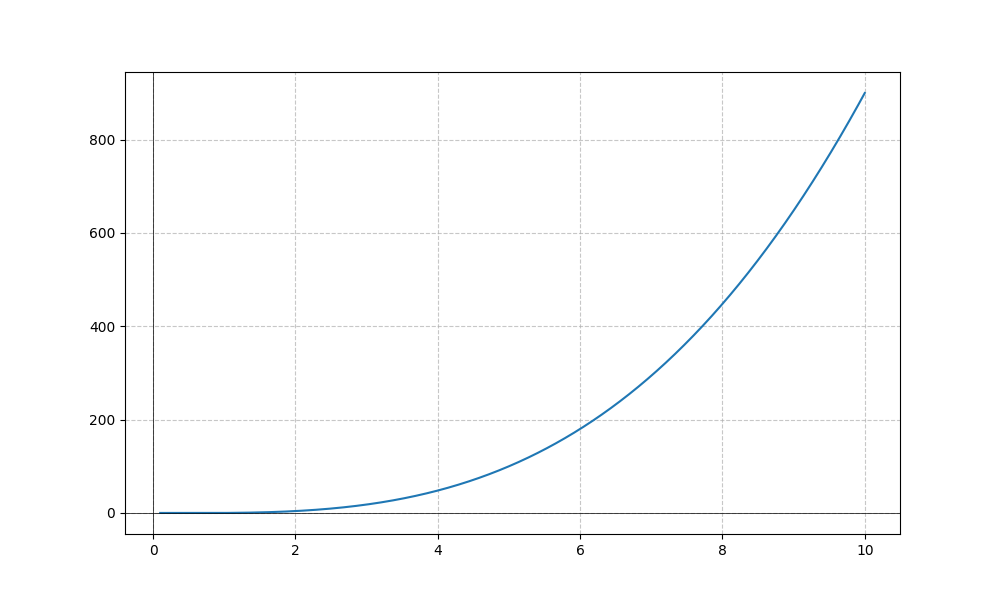
LaTeX formula: x^{3} - x^{2}